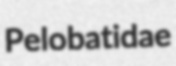
Pelobatidae